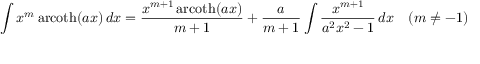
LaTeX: \int x ^ { m } \operatorname { a r c o t h } ( a x ) \, d x = { \frac { x ^ { m + 1 } \operatorname { a r c o t h } ( a x ) } { m + 1 } } + { \frac { a } { m + 1 } } \int { \frac { x ^ { m + 1 } } { a ^ { 2 } x ^ { 2 } - 1 } } \, d x \quad ( m \neq - 1 )